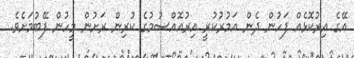
އޭގެ އިރުކޮޅެއް ފަހުން ދެން އަމުރުކުރީ އިރުއޮއްސުމުގެ ކުރިން ރަށުން މީހުން ފޭބުމަށެވެ.